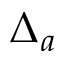
\Delta _ { a }